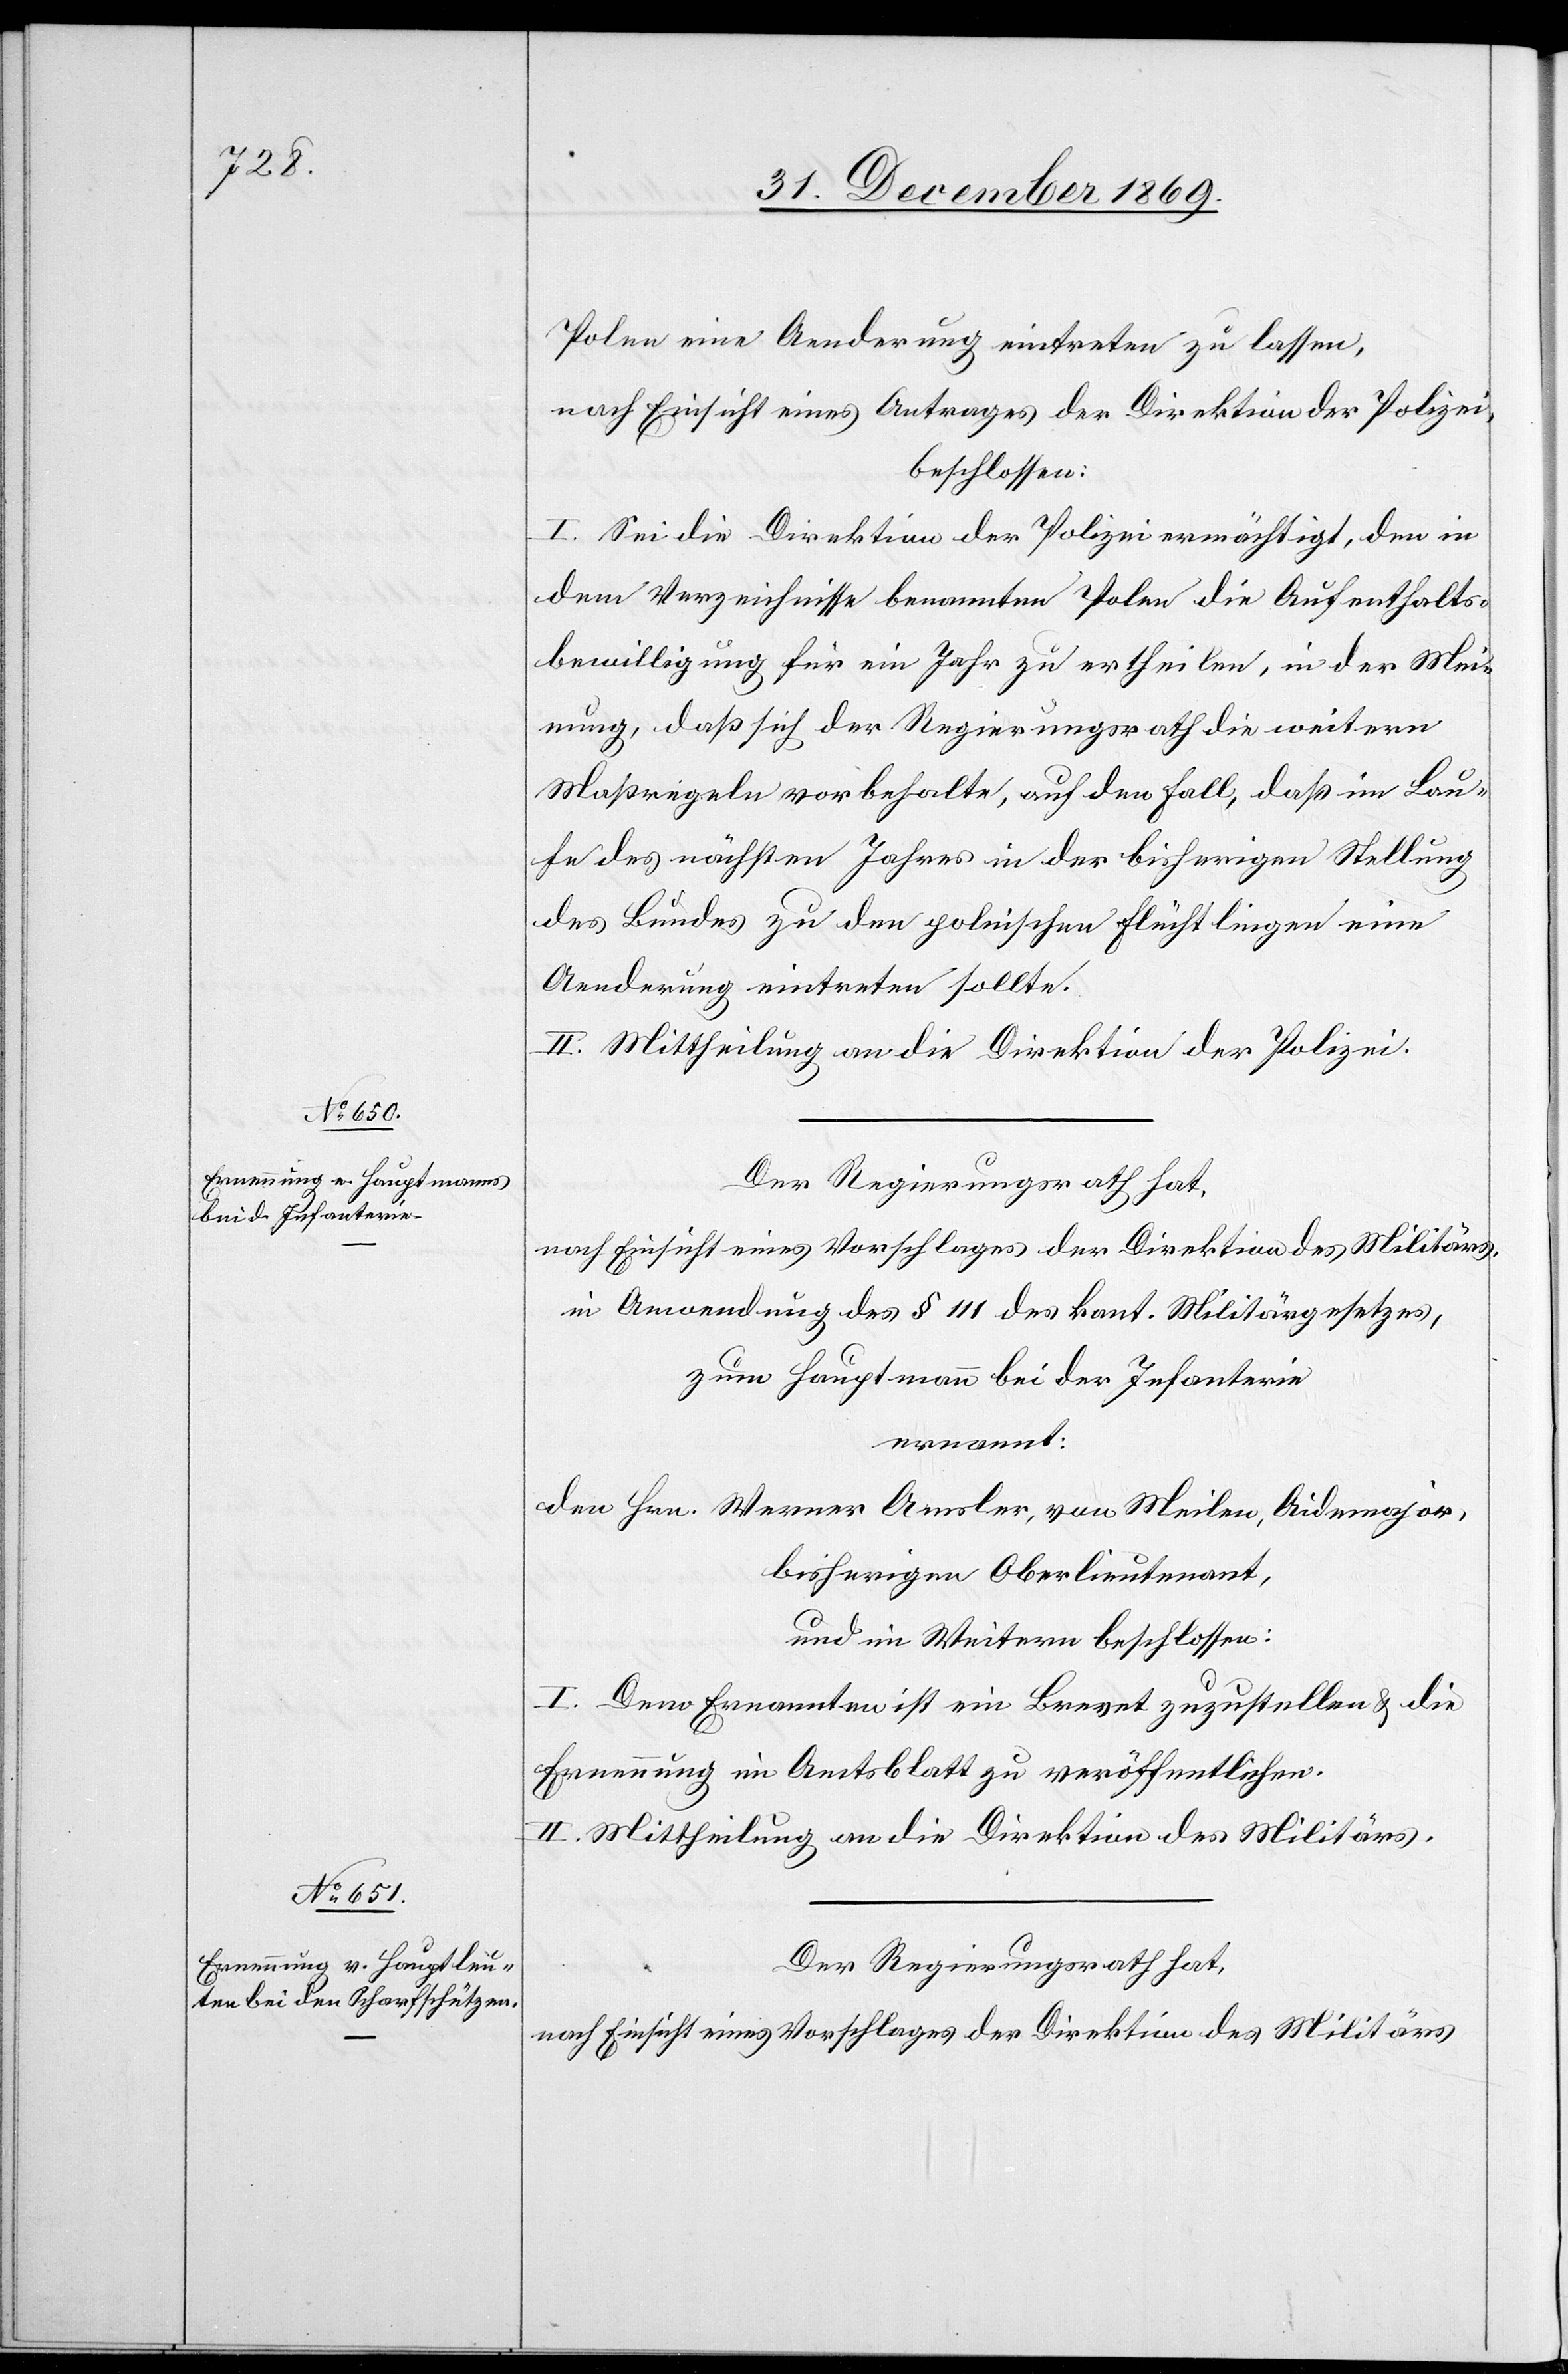
Polen eine Aenderung eintreten zu lassen,
nach Einsicht eines Antrages der Direktion der Polizei,
beschlossen:
I. Sei die Direktion der Polizei ermächtigt, den in
dem Verzeichnisse benannten Polen die Aufenthalts¬
bewilligung für ein Jahr zu ertheilen, in der Mei¬
nung, daß sich der Regierungsrath die weitern
Maßregeln vorbehalte, auf den Fall, daß im Lau¬
fe des nächsten Jahres in der bisherigen Stellung
des Bundes zu den polnischen Flüchtlingen eine
Aenderung eintreten sollte.
II. Mittheilung an die Direktion der Polizei.
Der Regierungsrath hat,
nach Einsicht eines Vorschlages der Direktion des Militärs
in Anwendung des § 111 des kant. Militärgesetzes,
zum Hauptmann bei der Infanterie
ernannt:
den Hrn. Werner Amsler, von Meilen, Aidemajor,
bisherigen Oberlieutenant,
und im Weitern beschlossen:
I. Dem Ernannten ist ein Brevet zuzustellen & die
Ernennung im Amtsblatt zu veröffentlichen.
II. Mittheilung an die Direktion des Militärs.
Der Regierungsrath hat,